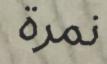
نمرة